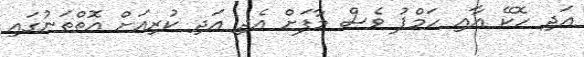
އަދި ހޮކޭ އާއި ހަމްޕު ވެސް މާފަށް އެދި އަދި ކުރިއަށް އޮތްތަނުގައި